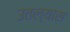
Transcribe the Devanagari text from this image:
उतल्यास